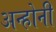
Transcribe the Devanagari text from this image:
अन्होनी